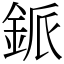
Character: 䤨